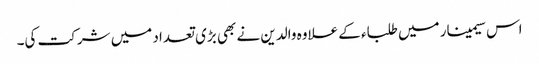
اس سیمینار میں طلباء کے علاوہ والدین نے بھی بڑی تعداد میں شرکت کی۔